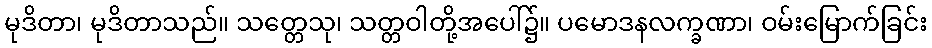
မုဒိတာ၊ မုဒိတာသည်။ သတ္တေသု၊ သတ္တဝါတို့အပေါ်၌။ ပမောဒနလက္ခဏာ၊ ဝမ်းမြောက်ခြင်း